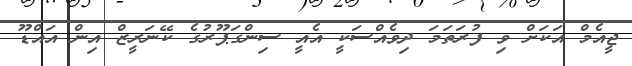
ޖީއެމް އަކަށް ވި ފުރަތަމަ ދިވެއްސަކީ އެއީ ސިންގަޕޫރުގެ ކޭނަރީޒް އިން އައްޑޫ